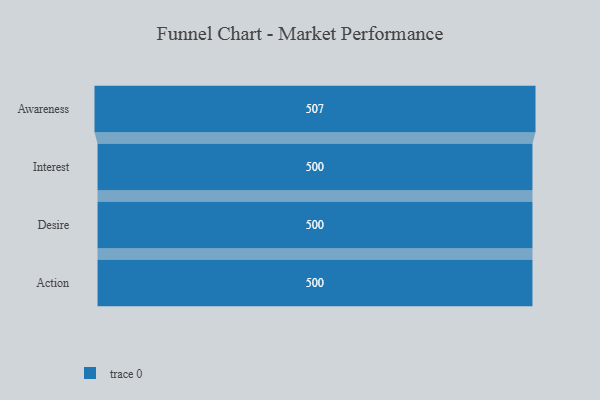
{"axis": {"x": "Stage", "y": "Value"}, "legend": [""], "data": [{"x": "Awareness", "y": 507.0, "type": ""}, {"x": "Interest", "y": 500, "type": ""}, {"x": "Desire", "y": 500, "type": ""}, {"x": "Action", "y": 500, "type": ""}]}